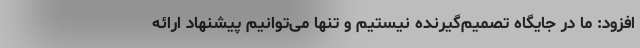
افزود: ما در جایگاه تصمیم‌گیرنده نیستیم و تنها می‌توانیم پیشنهاد ارائه